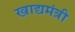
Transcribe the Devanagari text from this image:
खाद्यमंत्री